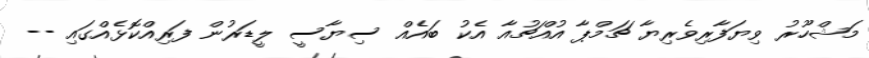
މަޝްހޫރު ވިޔަފާރިވެރިޔާ ޗަމްޕާ އުއްޗުއާ އެކު ބައެއް ސިޔާސީ ލީޑަރުން ފަރިއްކޮޅެއްގައި --